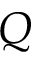
Q